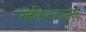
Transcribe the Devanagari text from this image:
तत्त्वचिन्तनात्मक